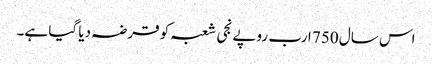
اس سال 750 ارب روپے نجی شعبہ کو قرضہ دیا گیا ہے۔